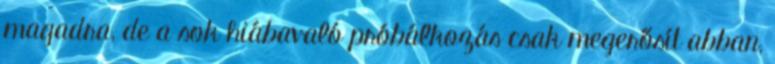
magadra, de a sok hiábavaló próbálkozás csak megerősít abban,